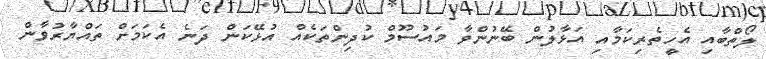
ލޯތްބާއި އެހީތެރިކަމާއި އަޅާލުން ބޭނުންވާ މައުސޫމް ކުދިންތަކެއް އުޅޭކަން ދަނެ އެކަމަށް ތައްޔާރުވާން